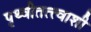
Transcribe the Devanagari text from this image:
पृथ्वीतत्त्वाशी